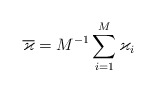
\begin{gather*}\overline{\varkappa}=M^{-1}\sum_{i=1}^{M}\varkappa_i\end{gather*}